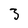
Character: 3